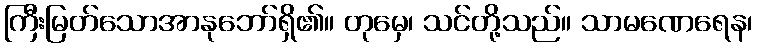
ကြီးမြတ်သောအာနုဘော်ရှိ၏။ တုမှေ၊ သင်တို့သည်။ သာမဏေရေန၊